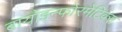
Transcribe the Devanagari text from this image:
बायोइन्फोरमेटिक्स